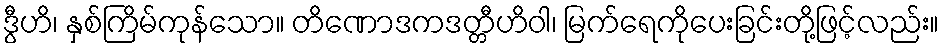
ဒွီဟိ၊ နှစ်ကြိမ်ကုန်သော။ တိဏောဒကဒတ္တီဟိဝါ၊ မြက်ရေကိုပေးခြင်းတို့ဖြင့်လည်း။